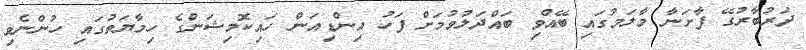
ދަރުބާރުގޭ ފާށަނާ މާލަމުގައި ބޭއްވި ބައްދަލުވުމަށް ފަހު އިންޑިއަން ހައިކޮމިޝަންގެ ހިމާޔަތުގައި ހުންނެވި